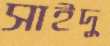
সাইদু